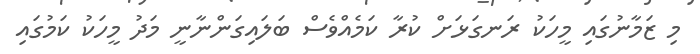
މި ޒަމާނުގައި މީހަކު ރަނގަޅަށް ކުރާ ކަމެއްވެސް ބަލައިގަންނާނީ މަދު މީހަކު ކަމުގައި